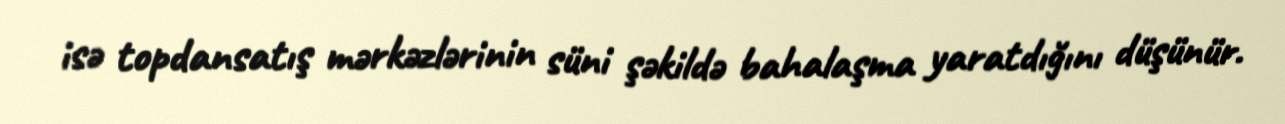
isə topdansatış mərkəzlərinin süni şəkildə bahalaşma yaratdığını düşünür.